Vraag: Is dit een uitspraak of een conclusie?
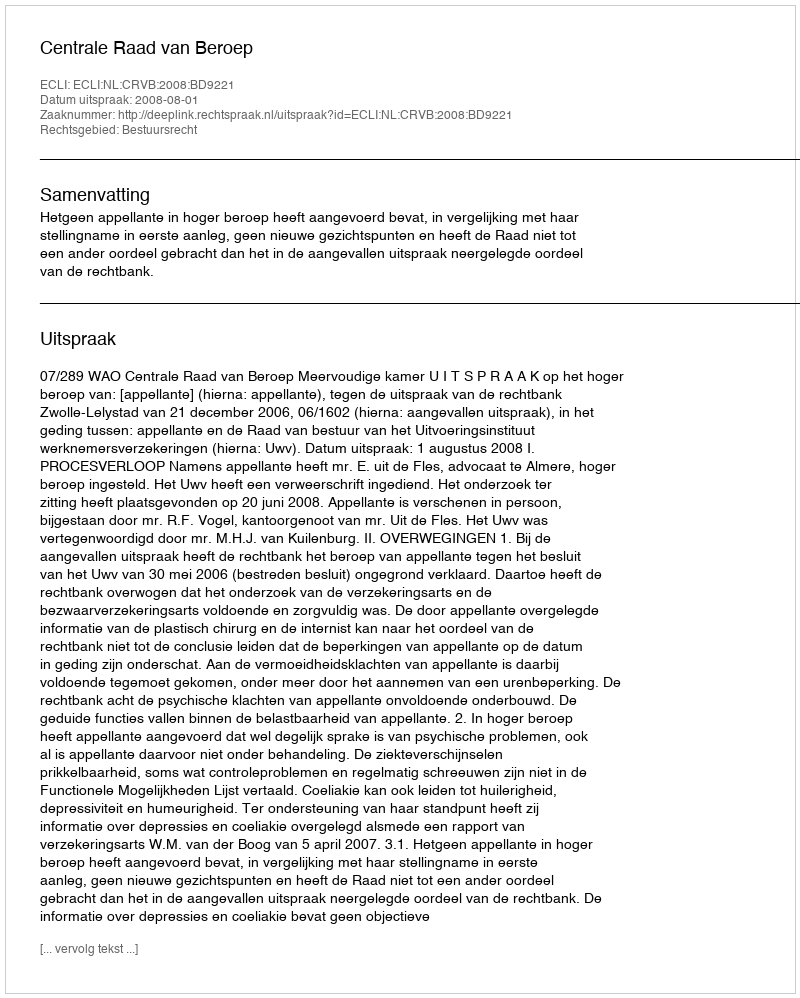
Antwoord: Uitspraak